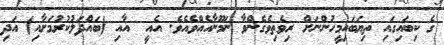
ގެ ކިބައިގައި ތިޔަބައިމީހުންނަށް ރިވެތިވެގެންވާ ނަމޫނާއެއްވެއެވެ. އެއީ  އާއި (ބައްދަލުކުރުމަށާއި) އަދި